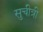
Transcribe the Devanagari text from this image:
सुचीत्री